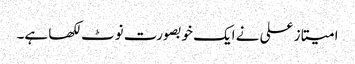
امیتاز علی نے ایک خوبصورت نوٹ لکھا ہے۔